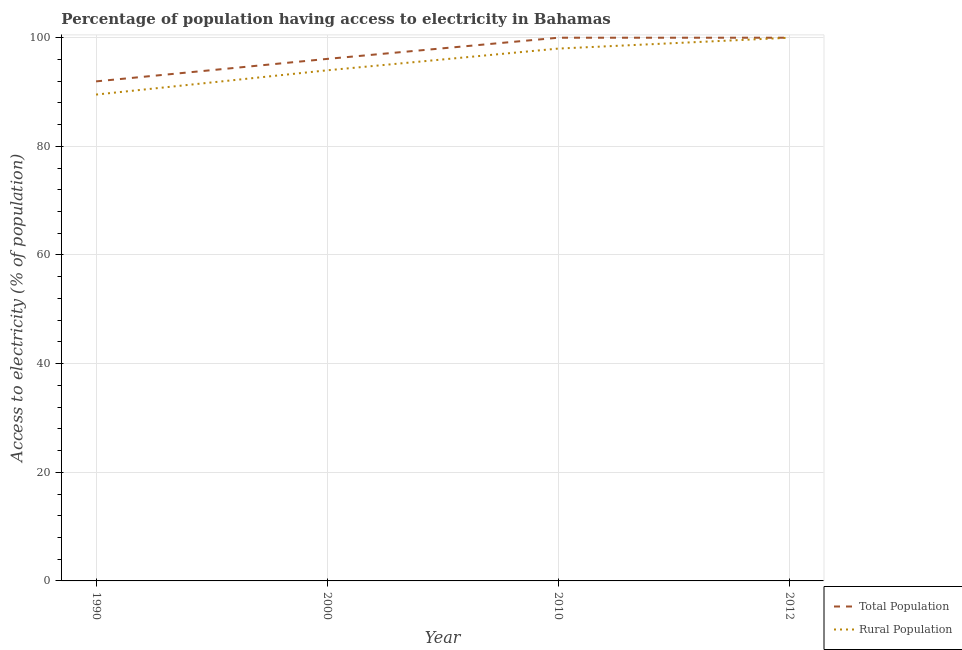
| Year | Total Population | Rural Population |
 | --- | --- | --- |
 | 1990 | 92 | 89.5 |
 | 2000 | 96.1 | 94 |
 | 2010 | 100 | 98 |
 | 2012 | 100 | 100 |